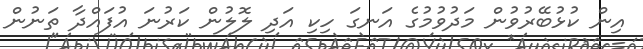
އިން ކުޅުބޭރުވުން މަދުވުމުގެ އަނގަ ހިކި އަދި ލޮލުން ކަރުނަ އުފައްދާ ތަނުން